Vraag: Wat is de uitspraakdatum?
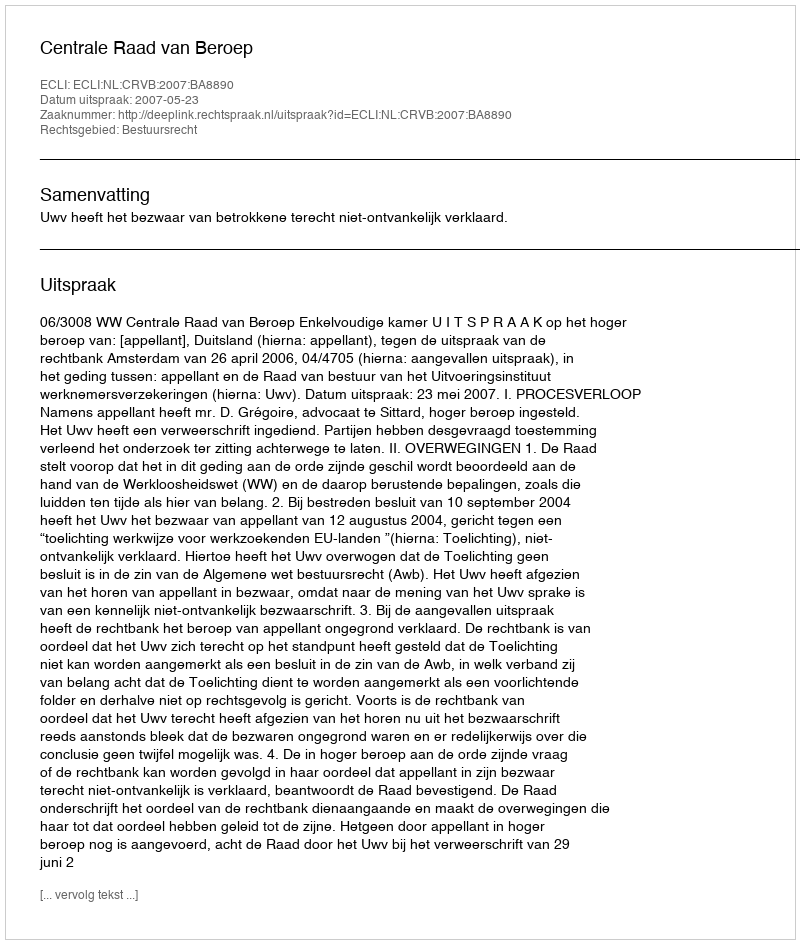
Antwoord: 2007-05-23